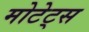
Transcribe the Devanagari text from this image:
मोटेट्स